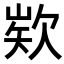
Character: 𭭍